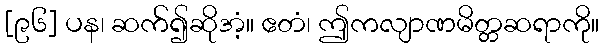
[၉၆] ပန၊ ဆက်၍ဆိုအံ့။ ဧတံ၊ ဤကလျာဏမိတ္တဆရာကို။